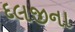
દલજીના